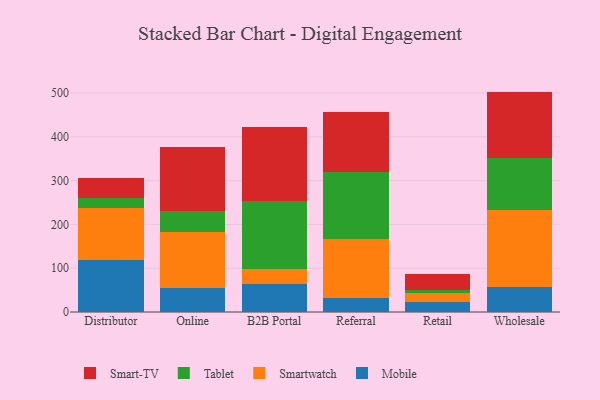
{"axis": {"x": "Channel", "y": "Active Users"}, "legend": ["Mobile", "Smart-TV", "Smartwatch", "Tablet"], "data": [{"x": "Distributor", "y": 117.9, "type": "Mobile"}, {"x": "Distributor", "y": 119.8, "type": "Smartwatch"}, {"x": "Distributor", "y": 22.9, "type": "Tablet"}, {"x": "Distributor", "y": 44.8, "type": "Smart-TV"}, {"x": "Online", "y": 54.0, "type": "Mobile"}, {"x": "Online", "y": 129.1, "type": "Smartwatch"}, {"x": "Online", "y": 46.8, "type": "Tablet"}, {"x": "Online", "y": 146.0, "type": "Smart-TV"}, {"x": "B2B Portal", "y": 63.0, "type": "Mobile"}, {"x": "B2B Portal", "y": 35.3, "type": "Smartwatch"}, {"x": "B2B Portal", "y": 155.0, "type": "Tablet"}, {"x": "B2B Portal", "y": 169.2, "type": "Smart-TV"}, {"x": "Referral", "y": 32.7, "type": "Mobile"}, {"x": "Referral", "y": 134.9, "type": "Smartwatch"}, {"x": "Referral", "y": 151.1, "type": "Tablet"}, {"x": "Referral", "y": 137.4, "type": "Smart-TV"}, {"x": "Retail", "y": 23.3, "type": "Mobile"}, {"x": "Retail", "y": 20.7, "type": "Smartwatch"}, {"x": "Retail", "y": 7.0, "type": "Tablet"}, {"x": "Retail", "y": 36.9, "type": "Smart-TV"}, {"x": "Wholesale", "y": 56.8, "type": "Mobile"}, {"x": "Wholesale", "y": 175.2, "type": "Smartwatch"}, {"x": "Wholesale", "y": 118.9, "type": "Tablet"}, {"x": "Wholesale", "y": 152.5, "type": "Smart-TV"}]}